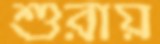
শুরায়